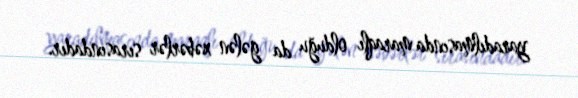
yaradılmasında maraqlı olduğu da gələn xəbərlər sırasındadır.